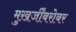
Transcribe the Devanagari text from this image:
मुख़र्जींबरोबर